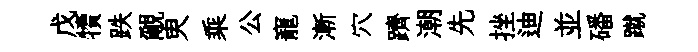
戊犢跌覼㬰乘公寵漸穴躋潮先挫迪並磻蹴